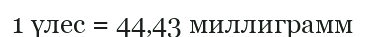
1 үлес = 44‚43 миллиграмм